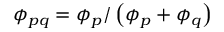
\phi _ { p q } = \phi _ { p } / \left( \phi _ { p } + \phi _ { q } \right)